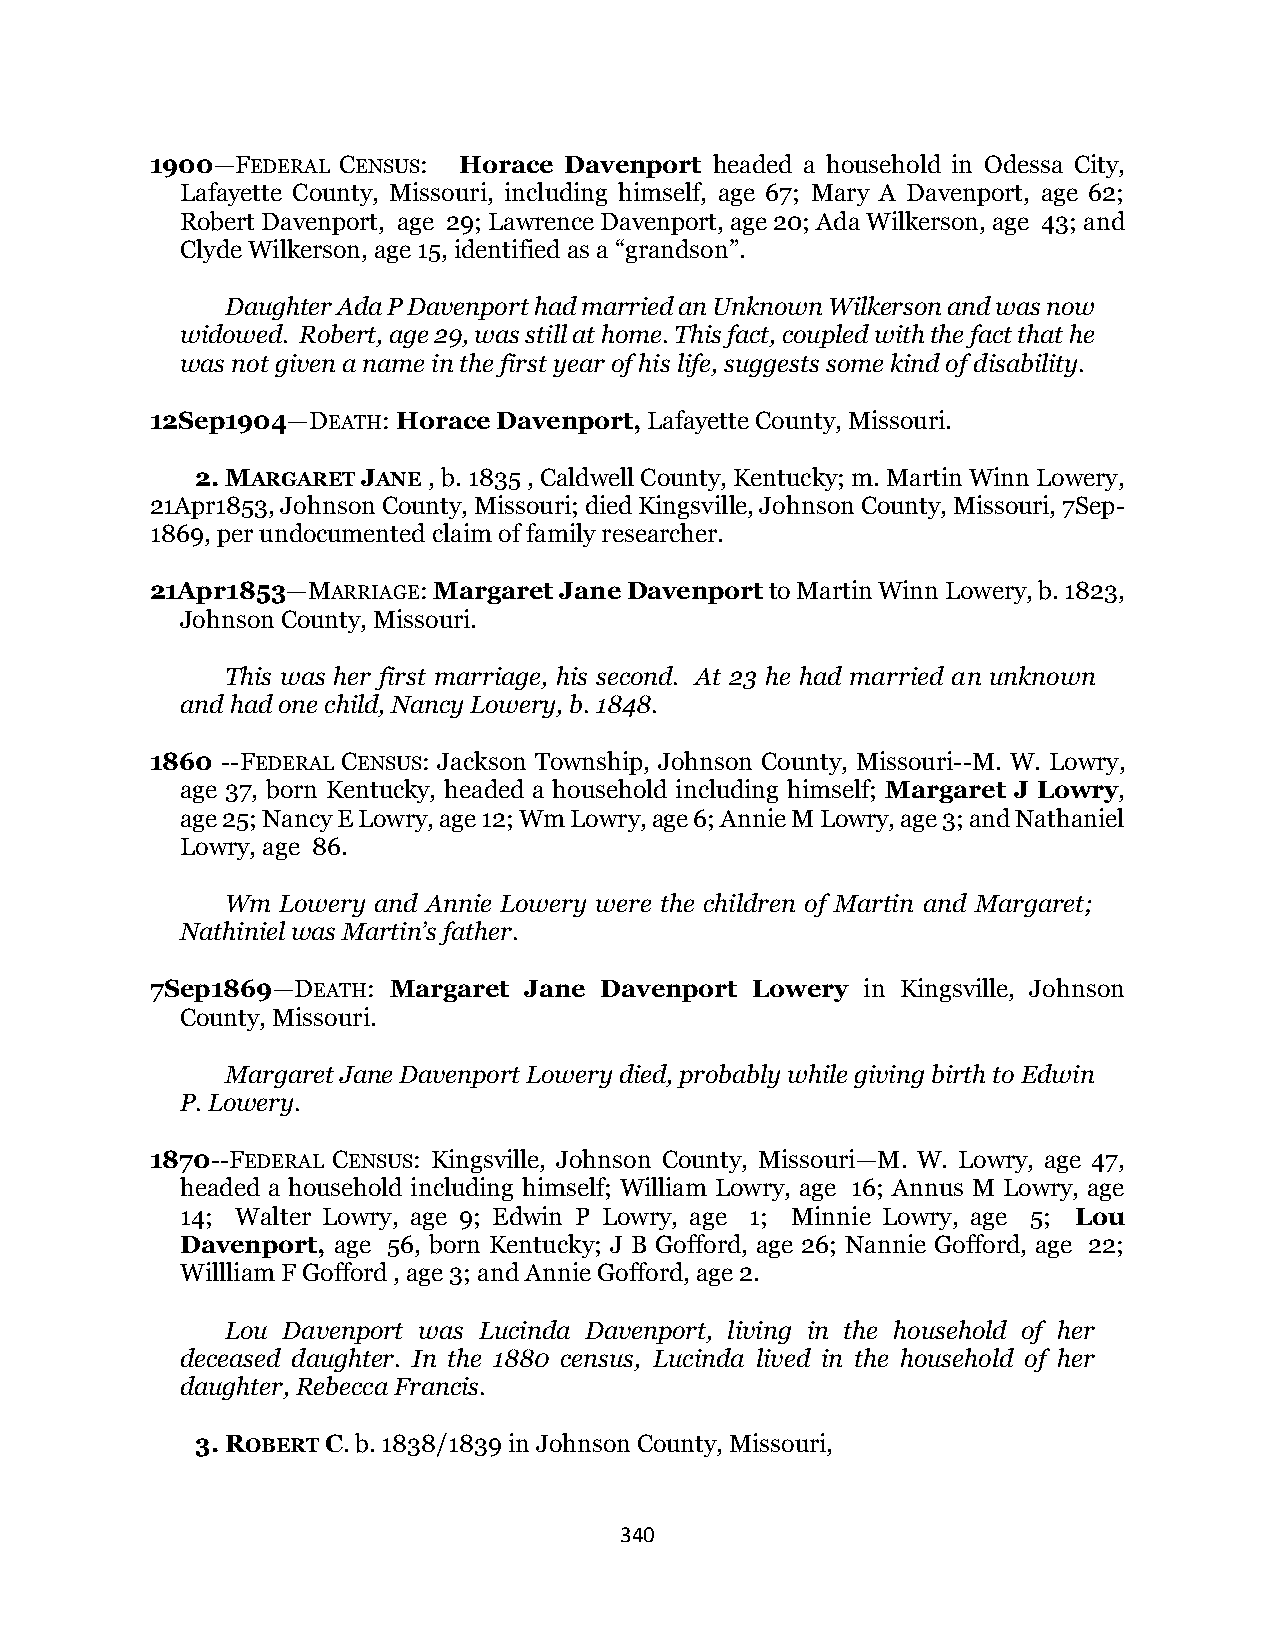
1900—FEDERAL CENSUS: Horace Davenport headed a household in Odessa City,
 Lafayette County, Missouri, including himself, age 67; Mary A Davenport, age 62;
 Robert Davenport, age 29; Lawrence Davenport, age 20; Ada Wilkerson, age 43; and
 Clyde Wilkerson, age 15, identified as a “grandson”.
 Daughter Ada P Davenport had married an Unknown Wilkerson and was now
 widowed. Robert, age 29, was still at home. This fact, coupled with the fact that he
 was not given a name in the first year of his life, suggests some kind of disability.
 12Sep1904—DEATH: Horace Davenport, Lafayette County, Missouri.
 2. MARGARET JANE , b. 1835 , Caldwell County, Kentucky; m. Martin Winn Lowery,
 21Apr1853, Johnson County, Missouri; died Kingsville, Johnson County, Missouri, 7Sep-
 1869, per undocumented claim of family researcher.
 21Apr1853—MARRIAGE: Margaret Jane Davenport to Martin Winn Lowery, b. 1823,
 Johnson County, Missouri.
 This was her first marriage, his second. At 23 he had married an unknown
 and had one child, Nancy Lowery, b. 1848.
 1860 --FEDERAL CENSUS: Jackson Township, Johnson County, Missouri--M. W. Lowry,
 age 37, born Kentucky, headed a household including himself; Margaret J Lowry,
 age 25; Nancy E Lowry, age 12; Wm Lowry, age 6; Annie M Lowry, age 3; and Nathaniel
 Lowry, age 86.
 Wm  Lowery and Annie Lowery were the children of Martin and Margaret;
 Nathiniel was Martin’s father.
 7Sep1869—DEATH: Margaret Jane Davenport Lowery in Kingsville, Johnson
 County, Missouri.
 Margaret Jane Davenport Lowery died, probably while giving birth to Edwin
 P. Lowery.
 1870--FEDERAL CENSUS: Kingsville, Johnson County, Missouri—M. W. Lowry, age 47,
 headed a household including himself; William Lowry, age 16; Annus M Lowry, age
 14; Walter Lowry, age 9; Edwin P Lowry, age 1; Minnie Lowry, age 5; Lou
 Davenport, age 56, born Kentucky; J B Gofford, age 26; Nannie Gofford, age 22;
 Willliam F Gofford , age 3; and Annie Gofford, age 2.
 Lou Davenport was Lucinda Davenport, living in the household of her
 deceased daughter. In the 1880 census, Lucinda lived in the household of her
 daughter, Rebecca Francis.
 3. ROBERT C. b. 1838/1839 in Johnson County, Missouri,
 340